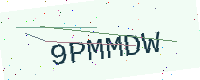
Text: 9PMMDW